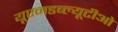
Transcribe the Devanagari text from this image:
यूएनडब्ल्यूटीओ